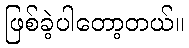
ဖြစ်ခဲ့ပါတော့တယ်။